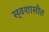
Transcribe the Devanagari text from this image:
स्वशासीत